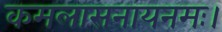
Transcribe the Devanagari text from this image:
कमलासनायनमः।